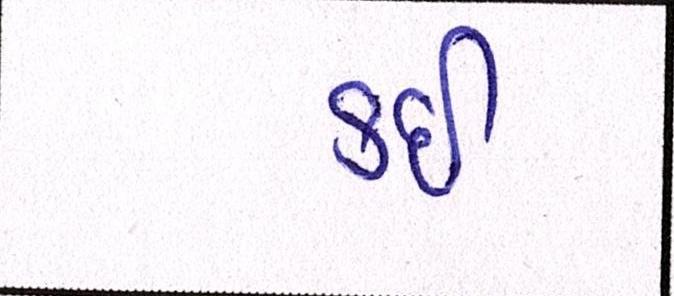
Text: કઇ